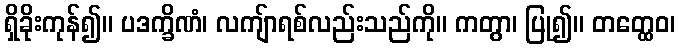
ရှိခိုးကုန်၍။ ပဒက္ခိဏံ၊ လကျ်ာရစ်လည်းသည်ကို။ ကတွာ၊ ပြု၍။ တတ္ထေဝ၊